Annual report on the working of the mental hospitals in the Madras Presidency - 1912-1932
Year: 1912
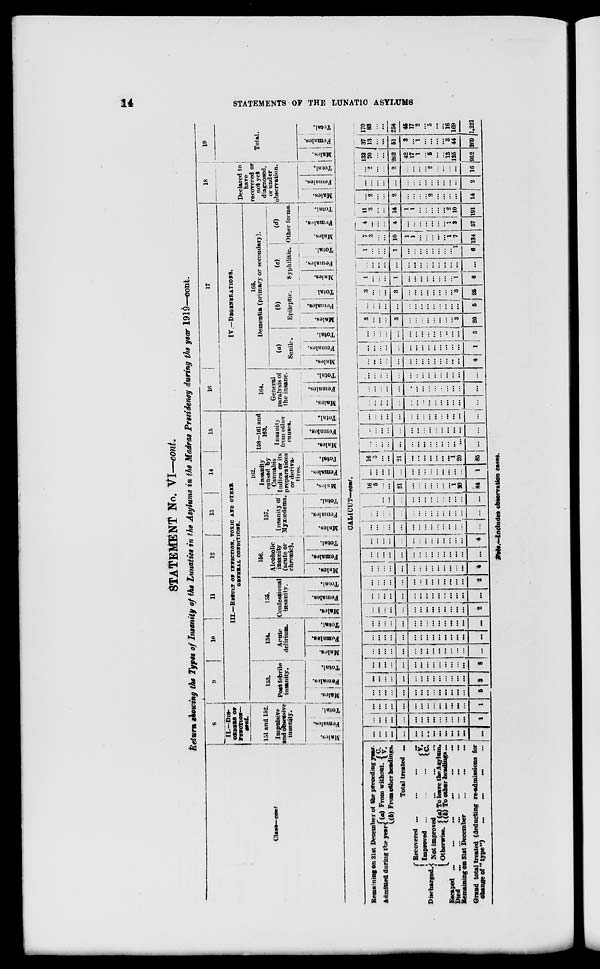
14
STATEMENTS OF THE LUNATIC ASYLUMS
STATEMENT No. VI—cont.
Retum showing the Types of Insanity of the Lunatics in the Asylums in the Madras Presidency during the year 1919—cont.
Class—cont.
8
II—DIS-
ORDERS OF
FUNCTION—
cont.
151 and 152.
Impulsive
and obsessive
insanity.
Males.
Females.
Total.
9
10
11
12
13
14
15
III.—RESULT OF INFECTION, TOXIC AND OTHER
GENERAL, CONDITION.
153.
Port febrile
insanity.
Males.
Females.
Total.
154.
Acute
delirium.
Males.
Females.
Total.
155.
Confessional
insanity.
Males.
Females.
Total.
156.
Alcoholic
insanity
(acute or
chronic).
Males.
Females.
Total.
157.
Insanity of
Myxœdema.
Males.
Females.
Total.
162.
Insanity
caused by
Cannabis
Iudica or its
preparations
or deriva-
tives.
Males.
Females.
Total.
158—161 and
168.
Insanity
from other
causes.
Males.
Females.
Total.
16
17
IV.—DEGENERATIONS.
164.
General
paralysis of
the insane.
Males.
Females.
Total.
165.
Dementia (primary or secondary).
(a)
Senile.
Males.
Females.
Total.
(b)
Epileptic.
Males.
Females.
Total.
(c)
Syphilitic.
Males.
Females.
Total.
(d)
Other forms.
Males.
Females.
Total.
18
Declared to
have
recovered or
not yet
diagnosed,
or under
observation.
Males.
Females.
Total.
19
Total.
Males.
Females.
Total.
CALICUT—cont.
Remaining on 31st December of the preceding year.
Admitted during the year. (a) From without. C.
V.
(b) From other headings.
Total treated ...
Discharged.
Recovered
...
...
...
Improved ... ... ...
V.
C.
Not improved ... ... ...
Otherwise. (a) To leave the Asylum.
(b) To other headings.
Escaped ... ... ... ... ... ...
Died ... ... ... ... ... ...
Remaning on 31st December ... ... ...
Grand total treated (deducting re-admissions for
change of ''type") ... ... ... ...
...
...
...
...
...
...
...
...
...
...
...
...
...
...
...
...
...
...
...
...
...
...
...
...
...
...
...
...
...
1
...
...
...
...
...
...
...
...
...
...
...
...
...
...
1
...
...
...
...
...
...
...
...
...
...
...
...
...
...
5
...
...
...
...
...
...
...
...
...
...
...
...
...
...
3
...
...
...
...
...
...
...
...
...
...
...
...
...
...
8
...
...
...
...
...
...
...
...
...
...
...
...
...
...
...
...
...
...
...
...
...
...
...
...
...
...
...
...
...
...
...
...
...
...
...
...
...
...
...
...
...
...
...
...
...
...
...
...
...
...
...
...
...
...
...
...
...
...
...
2
...
...
...
...
...
...
...
...
...
...
...
...
...
...
...
...
...
...
...
...
...
...
...
...
...
...
...
...
...
2
...
...
...
...
...
...
...
...
...
...
...
...
...
...
4
...
...
...
...
...
...
...
...
...
...
...
...
...
...
...
...
...
...
...
...
...
...
...
...
...
...
...
...
...
4
...
...
...
...
...
...
...
...
...
...
...
...
...
...
...
...
...
...
...
...
...
...
...
...
...
...
...
...
...
...
...
...
...
...
...
...
...
...
...
...
...
...
...
...
...
16
5
...
...
21
...
...
...
...
...
...
...
1
20
84
...
...
...
...
...
...
...
...
...
...
...
...
...
...
1
16
5
...
...
21
...
...
...
...
...
...
...
1
20
85
...
...
...
...
...
...
...
...
...
...
...
...
...
...
...
...
...
...
...
...
...
...
...
...
...
...
...
...
...
...
...
...
...
...
...
...
...
...
...
...
...
...
. ..
...
...
...
...
...
...
...
...
...
...
...
...
...
...
...
...
...
...
...
...
...
...
...
...
...
...
...
...
...
...
...
...
...
...
...
...
...
...
...
...
...
...
...
...
...
...
...
...
...
...
...
...
...
...
...
...
...
...
...
...
...
4
...
...
...
...
...
...
...
...
...
...
...
...
...
...
1
...
...
...
...
...
...
...
...
...
...
...
..
...
...
5
3
...
...
...
3
...
...
...
...
...
...
...
...
3
20
...
...
...
...
...
...
...
...
...
...
...
...
...
...
6
3
...
...
...
3
...
...
...
...
...
...
...
...
3
...
1
...
...
...
1
...
...
...
...
...
...
...
...
1
6
...
...
...
...
...
...
...
...
...
...
...
...
...
...
...
1
...
...
...
1
...
...
...
...
...
...
...
...
1
6
7
3
...
...
10
1
1
...
...
...
...
...
1
7
134
4
...
...
...
4
...
...
...
...
...
...
...
1
3
57
11
3
...
...
14
1
1
...
...
...
...
...
...
10
191
...
2
...
...
2
...
...
...
...
2
...
...
...
...
14
...
...
...
...
. ..
...
...
...
...
...
...
...
...
...
2
...
...
...
...
2
...
...
. ..
. ..
2
. ..
...
...
...
16
133
70
...
...
203
42
17
1
...
5
...
...
13
125
952
37
13
...
...
51
3
...
1
...
...
...
...
3
44
269
170
83
...
...
254
45
17
2
...
5
...
...
16
169
1,221
Note.—Includes observation cases.